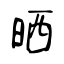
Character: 晒